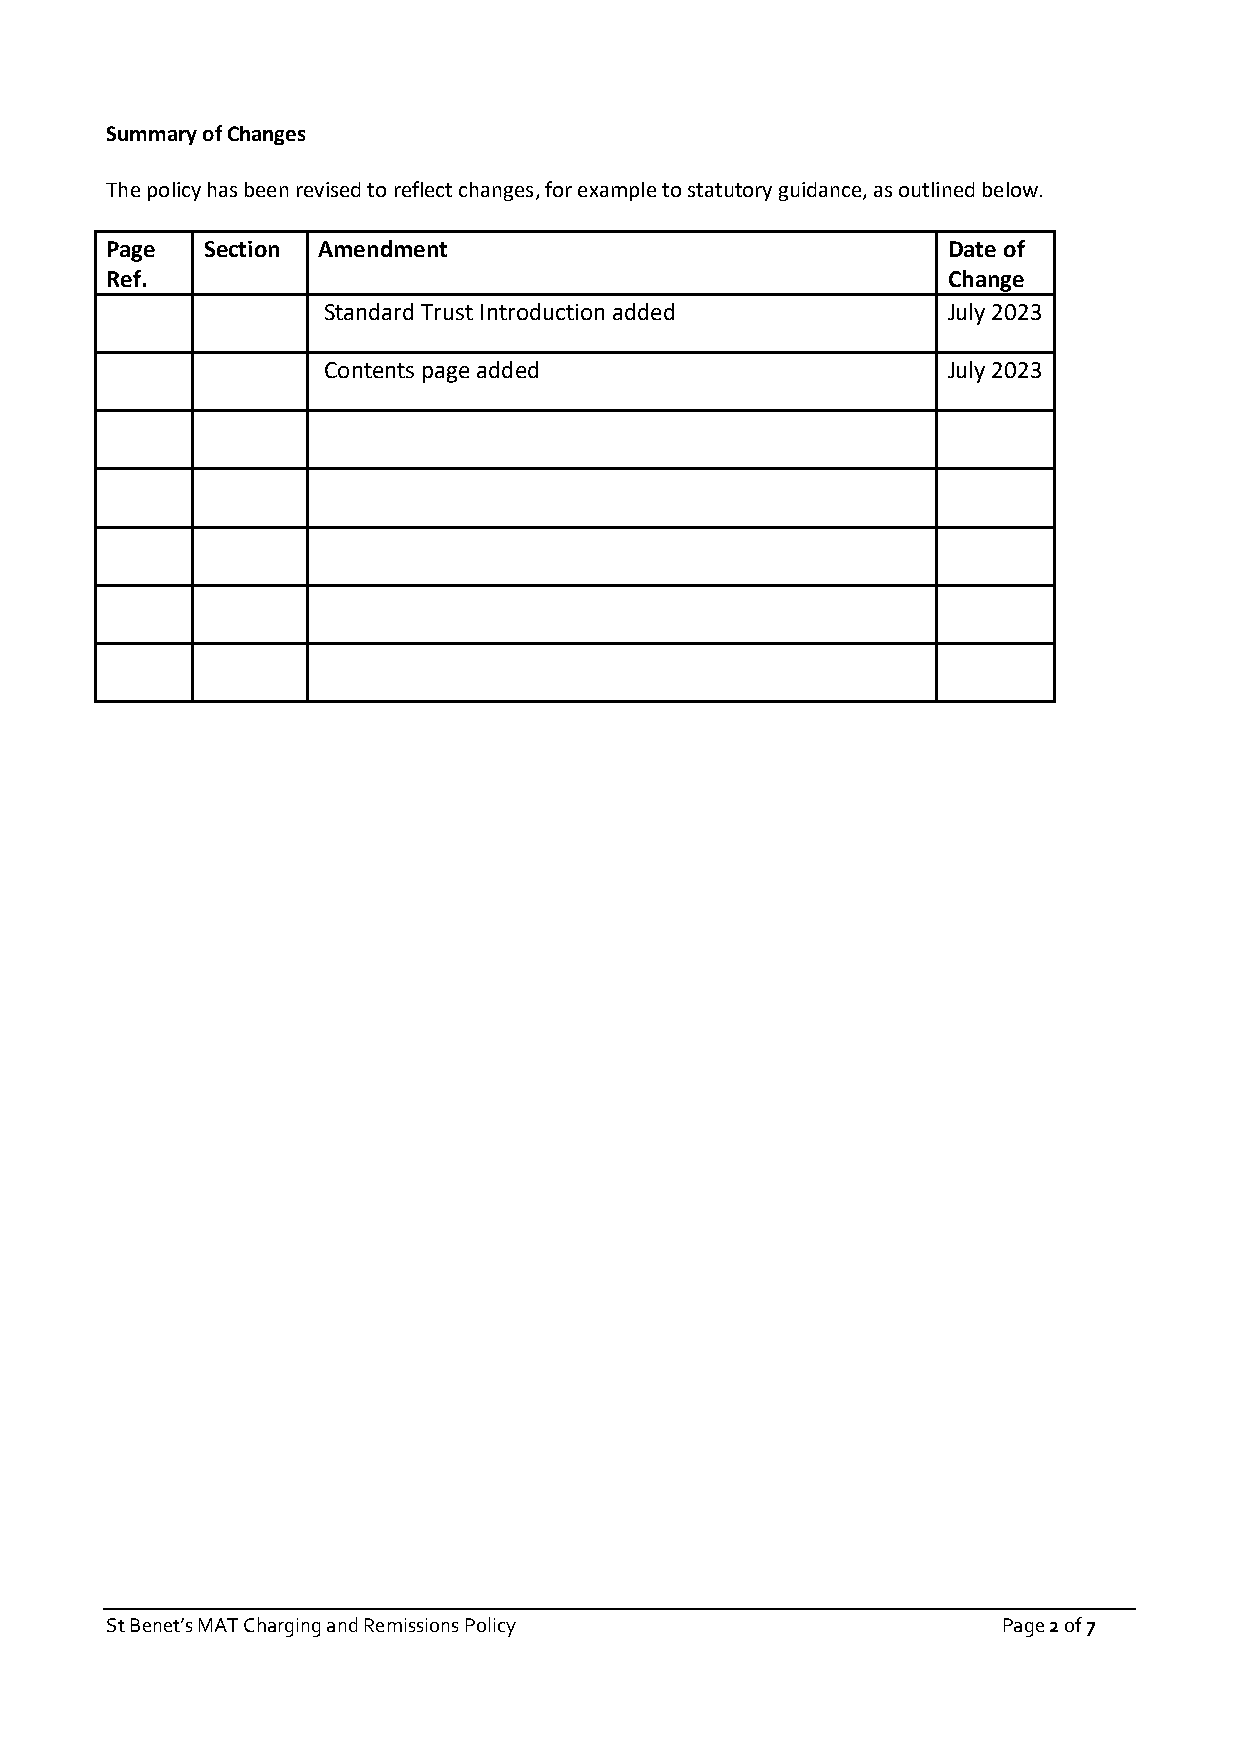
Summary of Changes
 The policy has been revised to reflect changes, for example to statutory guidance, as outlined below.
 Page  Section Amendment                                 Date of
 Ref.                                                    Change
 Standard Trust Introduction added         July 2023
 Contents page added                       July 2023
 St Benet’s MAT Charging and Remissions Policy              Page 2 of 7